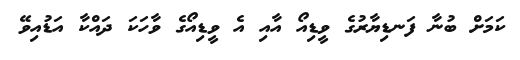
ކަމަށް ބުނާ ފަނޑިޔާރުގެ ވީޑިއޯ އާއި އެ ވީޑިއޯގެ ވާހަކަ ދައްކާ އަޑުއިވޭ